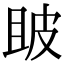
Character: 𤿚